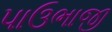
પાઉભાજી